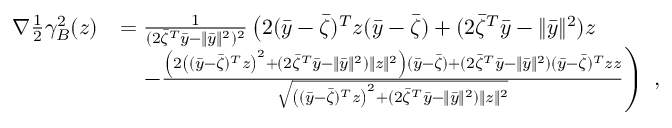
\begin{array} { r l } { \nabla \frac { 1 } { 2 } \gamma _ { B } ^ { 2 } ( z ) } & { = \frac { 1 } { ( 2 \bar { \zeta } ^ { T } \bar { y } - \| \bar { y } \| ^ { 2 } ) ^ { 2 } } \left( 2 ( \bar { y } - \bar { \zeta } ) ^ { T } z ( \bar { y } - \bar { \zeta } ) + ( 2 \bar { \zeta } ^ { T } \bar { y } - \| \bar { y } \| ^ { 2 } ) z \right. } \\ & { \quad \left. - \frac { \left( 2 \left( ( \bar { y } - \bar { \zeta } ) ^ { T } z \right) ^ { 2 } + ( 2 \bar { \zeta } ^ { T } \bar { y } - \| \bar { y } \| ^ { 2 } ) \| z \| ^ { 2 } \right) ( \bar { y } - \bar { \zeta } ) + ( 2 \bar { \zeta } ^ { T } \bar { y } - \| \bar { y } \| ^ { 2 } ) ( \bar { y } - \bar { \zeta } ) ^ { T } z z } { \sqrt { \left( ( \bar { y } - \bar { \zeta } ) ^ { T } z \right) ^ { 2 } + ( 2 \bar { \zeta } ^ { T } \bar { y } - \| \bar { y } \| ^ { 2 } ) \| z \| ^ { 2 } } } \right) \ , } \end{array}